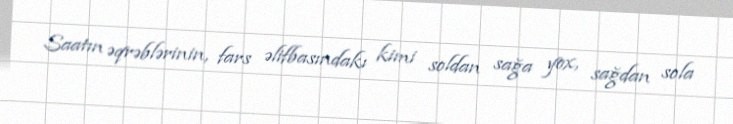
Saatın əqrəblərinin, fars əlifbasındakı kimi soldan sağa yox, sağdan sola